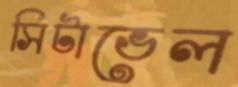
সিটাভেল